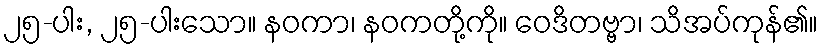
၂၅-ပါး, ၂၅-ပါးသော။ နဝကာ၊ နဝကတို့ကို။ ဝေဒိတဗ္ဗာ၊ သိအပ်ကုန်၏။